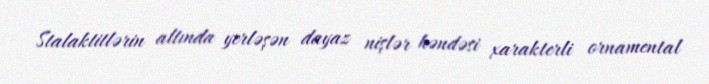
Stalaktitlərin altında yerləşən dayaz nişlər həndəsi xarakterli ornamental